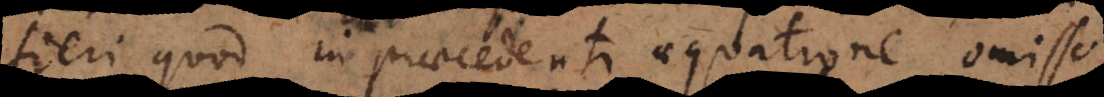
fieri quod in praecedenti aequatione omisso